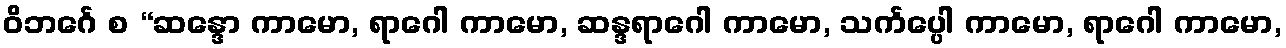
ဝိဘင်္ဂေ စ “ဆန္ဒော ကာမော, ရာဂေါ ကာမော, ဆန္ဒရာဂေါ ကာမော, သင်္ကပ္ပေါ ကာမော, ရာဂေါ ကာမော,